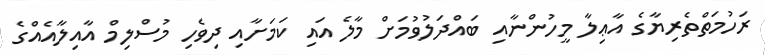
ރަހުމަތްތެރިޔާގެ އާޢިލާ މީހުންނާއި ބައްދަލުވުމަށް މާލެ އައި ކަމަށާއި ދިވެހި މުސްލިމް އާއިލާއެއްގެ